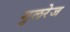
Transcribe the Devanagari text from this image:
गुलरेज